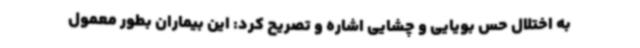
به اختلال حس بویایی و چشایی اشاره و تصریح کرد: این بیماران بطور معمول